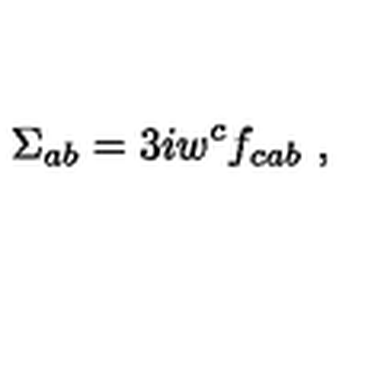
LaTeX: \Sigma _ { a b } = 3 i w ^ { c } f _ { c a b } \ ,